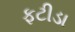
ફટીડા